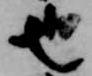
也